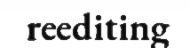
reediting